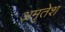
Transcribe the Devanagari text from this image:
अमृतेश